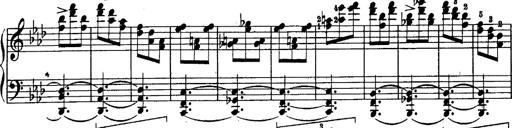
Title: Schubert's Impromptus [revised and edited by Franz Liszt]
Composer: Franz Liszt